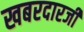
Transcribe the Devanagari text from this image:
खबरदारजी